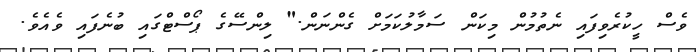
ވެސް ހީކުރެވިފައި ނެތުމުން މިކަން ސަމާލުކަމަށް ގެންނަން." ލިންސޭގެ ޕޯސްޓްގައި ބުނެފައި ވެއެވެ.